Report on vaccination in Madras 1895-1903 - 1895-1903
Year: 1895
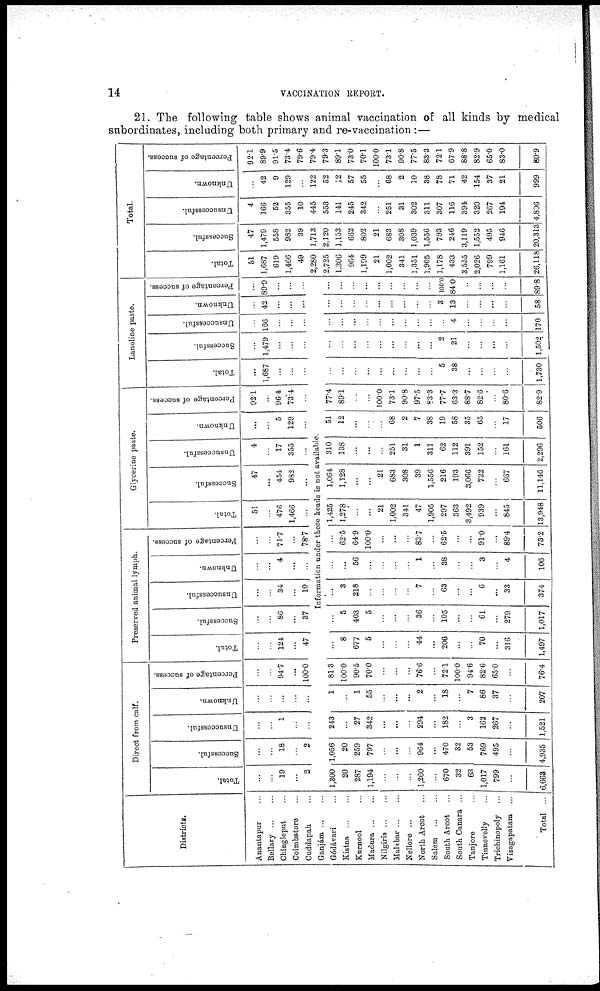
14
VACCINATION REPORT.
21. The following table shows animal vaccination of all kinds by medical
subordinates, including both primary and re-vaccination :—
Districts.
Anantapur...
Bellary...
...
Chingleput...
Coimbatore...
Cuddapah...
Ganjám...
...
Gódávari...
Kistna... ...
Kurnool...
Madura...
...
Nilgiris ... ...
Malabar... ...
Nellore...
North Arcot...
Salem...
...
South Arcot...
South Canara ...
Tanjore...
Tinnevelly...
Trichinopoly...
Vizagapatam...
Total ...
Direct from calf.
Total.
...
...
19
...
2
Successful.
...
...
18
...
2
Unsuccessful.
...
...
1
...
...
Unknown.
...
...
...
...
...
Percentage of success.
...
...
94.7
...
100.0
Preserved animal lymph.
Total.
...
...
124
...
47
Successful.
...
...
86
...
37
Unsuccessful.
...
...
34
...
10
Unknown.
...
...
4
...
...
Percentage of success.
...
...
71.7
...
78.7
Glycerine paste.
Total.
51
...
476
1,466
...
Successful.
47
...
454
982
...
Unsuccessful.
4
...
17
355
...
Unknown.
...
...
5
129
...
Percentage of success.
92.1
...
96.4
73.4
...
Lanoline paste.
Total.
...
1,687
...
...
...
Successful.
...
1,479
...
...
...
Unsuccessful.
...
166
...
...
...
Unknown.
...
42
...
...
...
Percentage of success.
...
89.9
...
...
...
Information under these heads is not available.
1,300
20
287
1,194
...
...
...
1,260
...
670
32
63
1,017
799
...
6,663
1,056
20
259
797
...
...
...
964
...
470
32
53
769
495
...
4,935
243
...
27
342
...
...
...
294
...
182
...
3
162
267
...
1,521
1
...
1
55
...
...
...
2
...
18
...
7
86
37
...
207
81.3
100.0
90.5
70.0
...
...
...
76.6
...
72.1
100.0
94.6
82.6
65.0
...
76.4
...
8
677
5
...
...
...
44
...
206
...
...
70
...
316
1,497
...
5
403
5
...
...
...
36
...
105
...
...
61
...
279
1,017
...
3
218
...
...
...
...
7
...
63
...
...
6
...
33
374
...
...
56
...
...
...
...
1
...
38
...
...
3
...
4
106
...
62.5
64.9
100.0
...
...
...
83.7
...
62.5
...
...
91.0
...
89.4
73.2
1,425
1,278
...
...
21
1,002
341
47
1,905
297
363
3,492
939
...
845
13,948
1,064
1,128
...
...
21
683
308
39
1,556
216
193
3,066
722
...
667
11,146
310
138
...
...
...
251
31
1
311
62
112
391
152
...
161
2,296
51
12
...
...
...
68
2
7
38
19
58
35
65
...
17
506
77.4
89.1
...
...
100.0
73.1
90.8
97.5
83.3
77.7
63.3
88.7
826
...
80.6
82.9
...
...
...
...
...
...
...
...
...
5
38
...
...
...
...
1,730
...
...
...
...
...
...
...
...
...
2
21
...
...
...
...
1,502
...
...
...
...
...
...
...
...
...
...
4
...
...
...
...
170
...
...
...
...
...
...
...
...
...
3
13
...
...
...
...
58
...
...
...
...
...
...
...
...
...
100.0
84.0
...
...
...
...
89.8
Total.
Total.
51
1,687
619
1,466
49
2,280
2,725
1.306
964
1,199
21
1,002
341
1,351
1,905
1,178
433
3,555
2,026
799
1,161
26,118
Successful.
47
1,479
558
982
39
1,713
2,120
1,153
662
802
21
683
308
1,039
1,556
793
246
3,119
1,552
495
946
20,313
Unsuccessful.
4
166
52
355
10
445
553
141
245
342
...
251
31
302
311
307
116
394
320
267
194
4,806
Unknown.
...
42
9
129
...
122
52
12
57
55
...
68
2
10
38
78
71
42
154
37
21
999
Percentage of success.
92.1
89.9
91.5
73.4
79.6
79.4
79.3
89.1
73.0
70.1
100.0
73.1
90.8
77.5
83.3
72.1
67.9
88.8
82.9
650
83.0
80.9